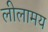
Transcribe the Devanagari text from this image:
लीलामय